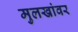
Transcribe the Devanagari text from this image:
मुलखांवर